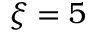
\xi = 5